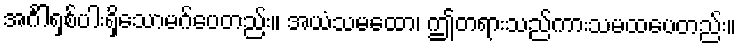
အင်္ဂါရှစ်ပါးရှိသောမဂ်ပေတည်း။ အယံသမထော၊ ဤတရားသည်ကားသမထပေတည်း။